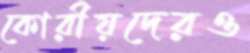
কোরীয়দেরও